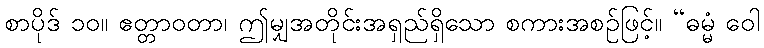
စာပိုဒ် ၁၀။ ဧတ္တာဝတာ၊ ဤမျှအတိုင်းအရှည်ရှိသော စကားအစဉ်ဖြင့်။ “ဓမ္မံ ဝေါ